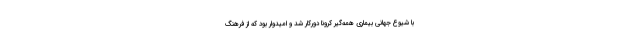
با شیوع جهانی بیماری همه‌گیر کرونا دورکار شد و امیدوار بود که از فرهنگ